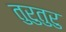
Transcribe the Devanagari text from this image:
तुरुतुरु